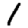
Digit: 1